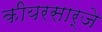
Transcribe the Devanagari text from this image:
कीयरसार्जे